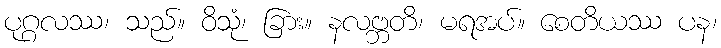
ပုဂ္ဂလဿ၊ သည်။ ဝိသုံ၊ ခြား။ နလဗ္ဘတိ၊ မရအပ်။ စေတိယဿ ပန၊